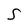
Character: S